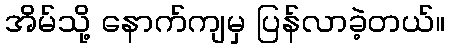
အိမ်သို့ နောက်ကျမှ ပြန်လာခဲ့တယ်။